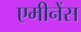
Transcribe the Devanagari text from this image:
एमीनेंस